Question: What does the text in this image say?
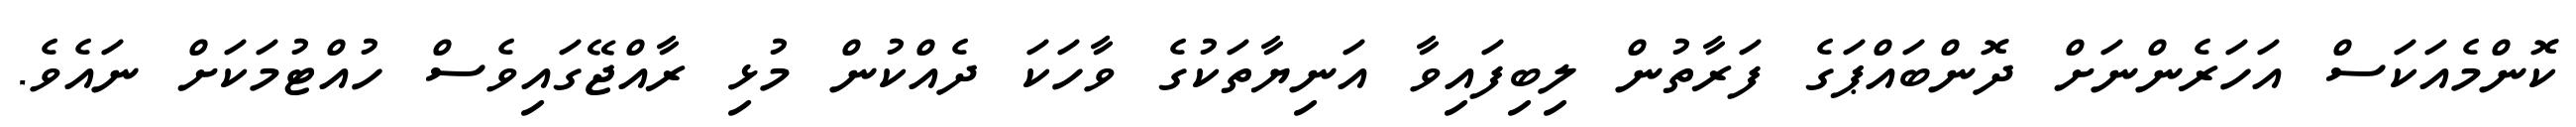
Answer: ކޮންމެއަކަސް އަހަރެންނަށް ދޮންބައްޕަގެ ފަރާތުން ލިބިފައިވާ އަނިޔާތަކުގެ ވާހަކަ ދެއްކުން މުޅި ރާއްޖޭގައިވެސް ހުއްޓުމަކަށް ނައެވެ.